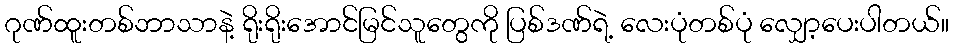
ဂုဏ်ထူးတစ်ဘာသာနဲ့ ရိုးရိုးအောင်မြင်သူတွေကို ပြစ်ဒဏ်ရဲ့ လေးပုံတစ်ပုံ လျှော့ပေးပါတယ်။